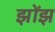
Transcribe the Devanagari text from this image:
झोंझ